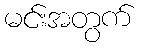
မင်းအတွက်